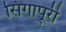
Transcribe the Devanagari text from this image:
सिंगापूरी